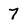
Character: 7